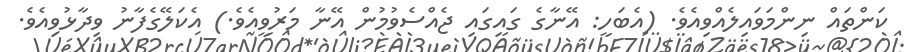
ކަންތައް ނިންމަވައިލެއްވިއެވެ. (އެބަހީ: އޭނާގެ ގައިގައި ޖެއްސެވުމުން އޭނާ މަރުވީއެވެ.) އެކަލޭގެފާނު ވިދާޅުވިއެވެ.